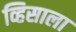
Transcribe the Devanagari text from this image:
व्हिसाला